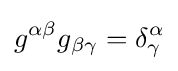
g^{\alpha \beta }g_{\beta \gamma }=\delta _{\gamma }^{\alpha }